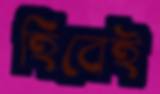
হিবেই